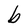
Character: b